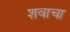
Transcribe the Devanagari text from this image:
शवाचा